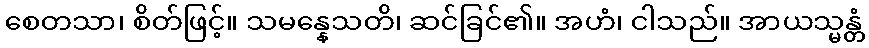
စေတသာ၊ စိတ်ဖြင့်။ သမန္နေသတိ၊ ဆင်ခြင်၏။ အဟံ၊ ငါသည်။ အာယသ္မန္တံ